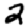
Digit: 2